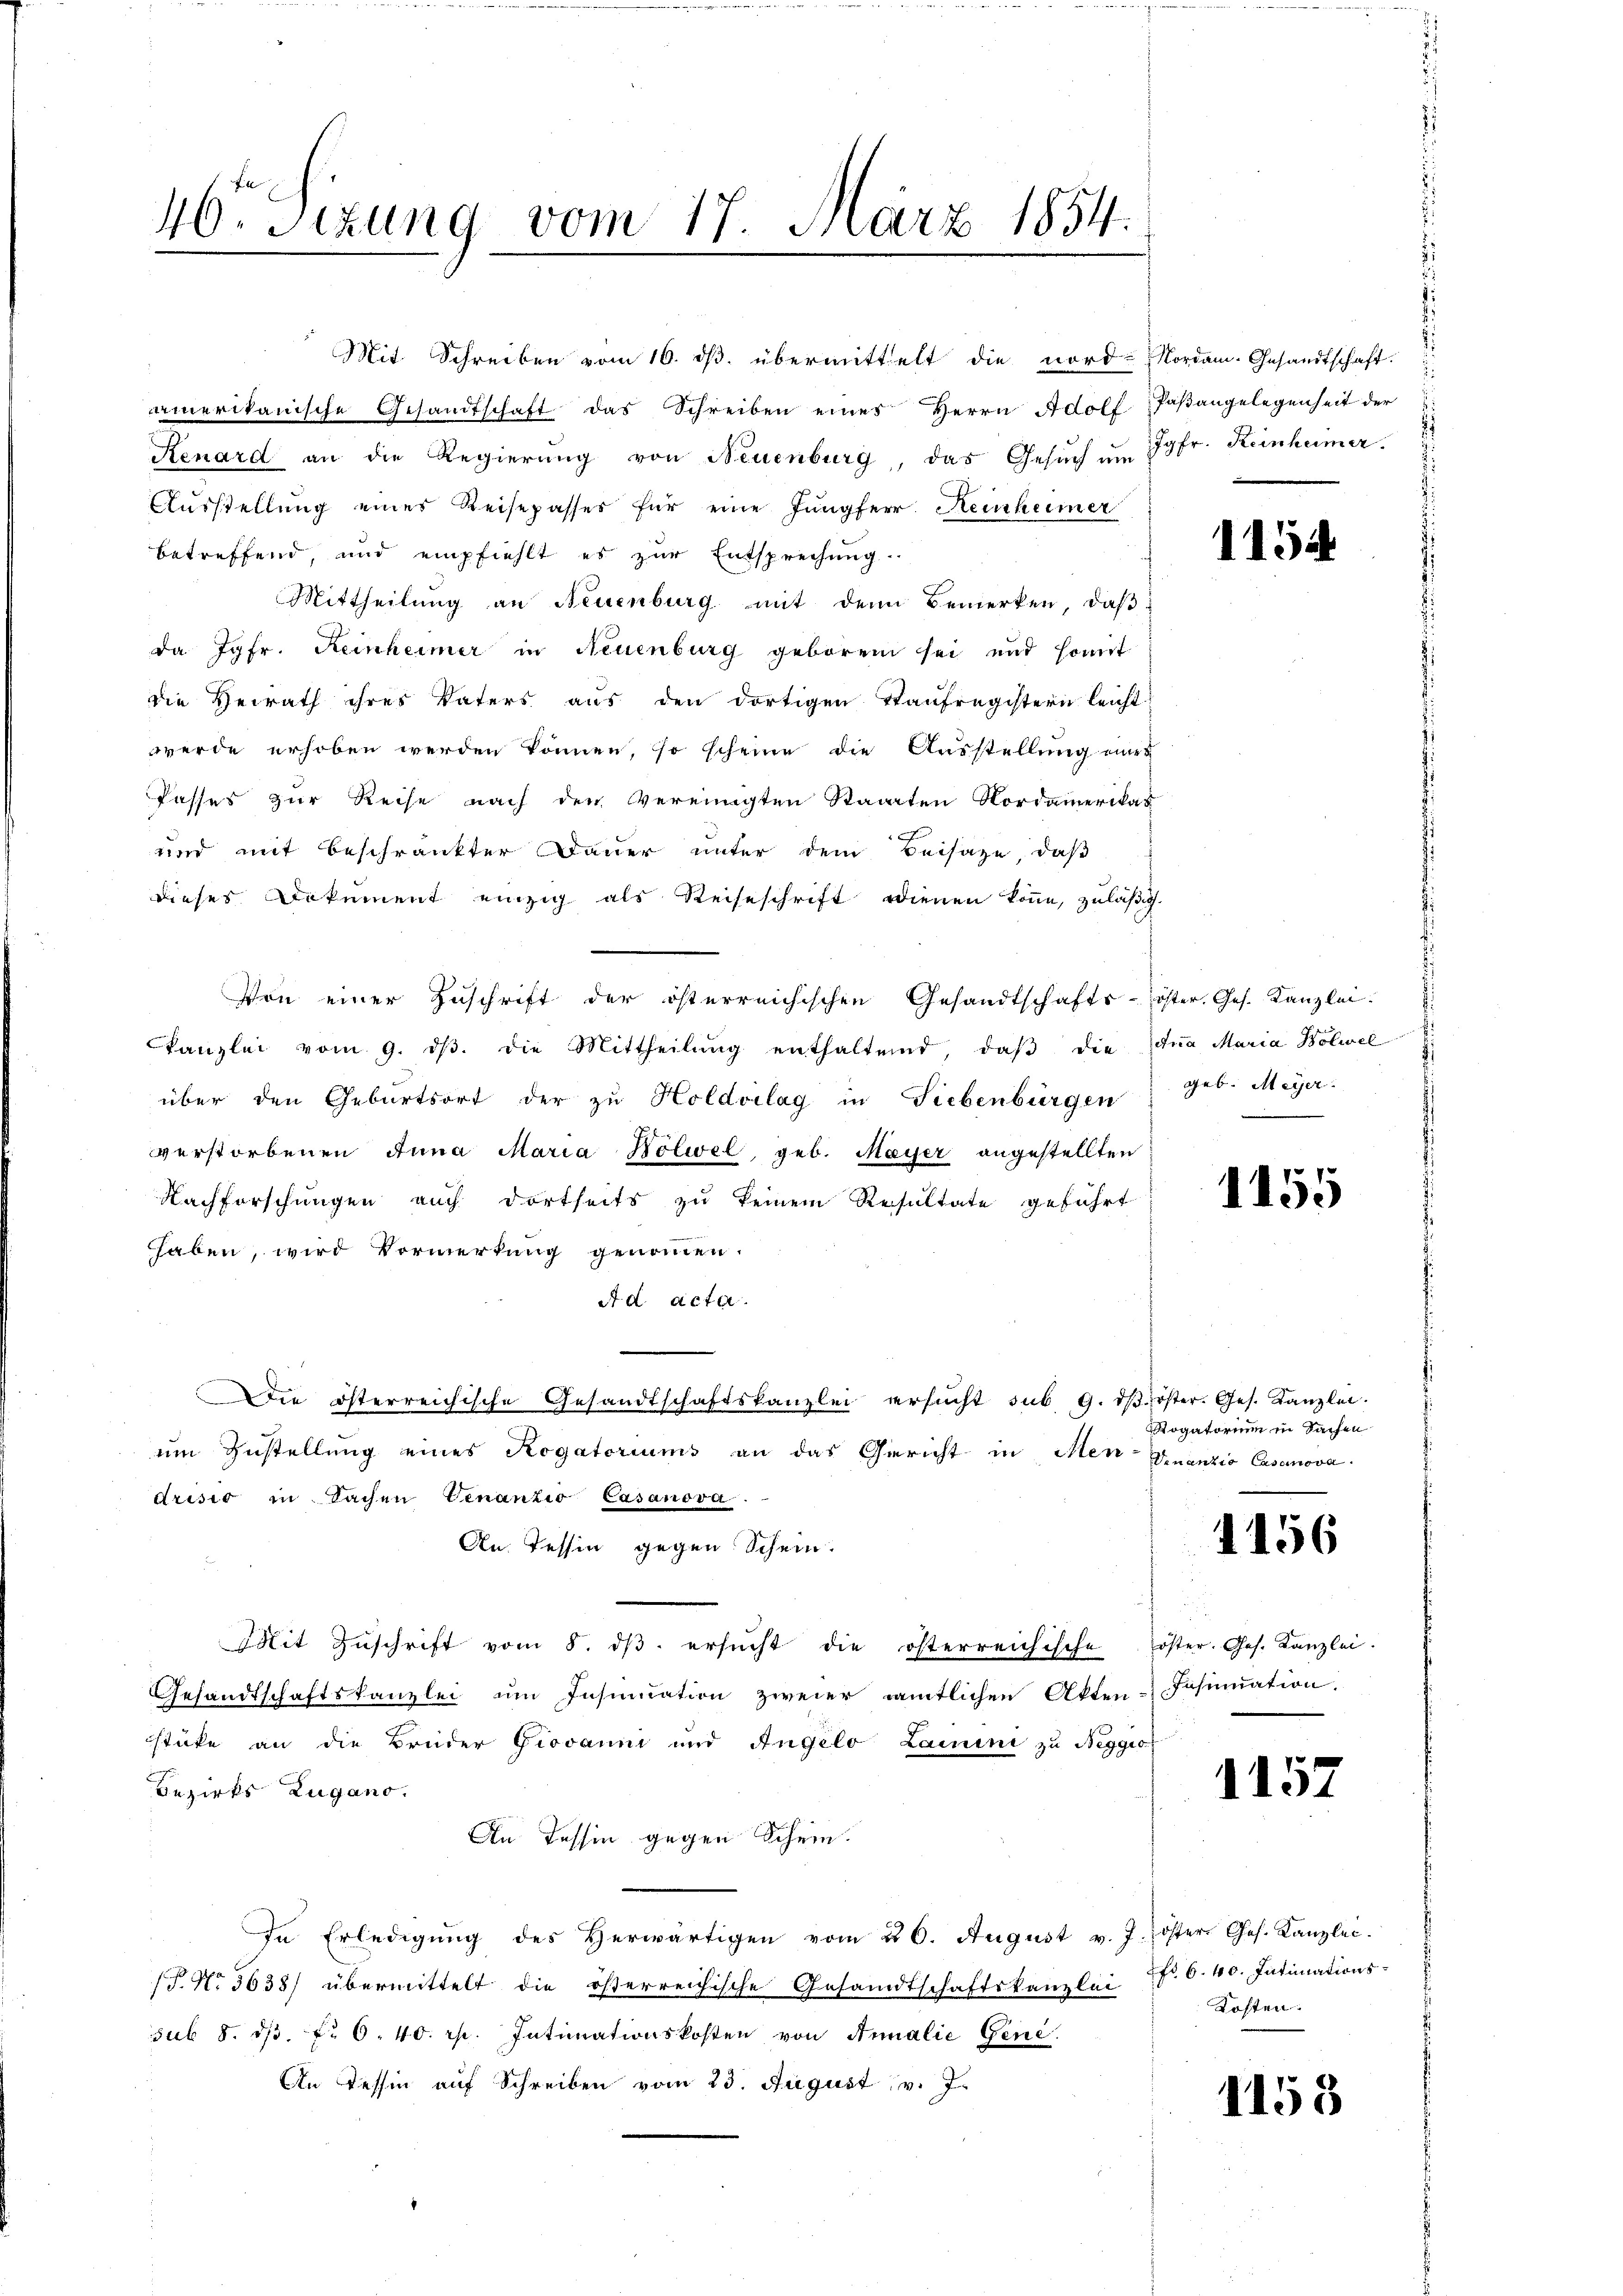
amerikanische Gesandtschaft das Schreiben eines Herrn Adolf Paβangelegenheit der
Renard an die Regierŭng von Neuenburg, das Gesŭch am Jgfr. Reinheimer.
Ausstellung einer Reisepasses für eine Jungferr. Reinheimer
betreffend, und empfiehlt es zur Entsprechung
Mittheilung an Neuenburg mit dem Bemerken, daβ
da Jgfr. Reinheimer in Neuenburg geboren sei und somit
die Heirath ihres Vaters aus den dortigen Taufregistern leicht
werde erhoben werden können, so scheine die Ausstellung einer
Kasses zur Reise nach den Vereinigten Staaten Nordamerikas
und mit Beschränkter Dauer unter dem Beisaze, daß
dieses Dokument einzig als Reiseschrift dienen könne, zuläßig.
Von einer Zuschrift der österreichischen Gesandtschafts-Koster. Ges. Kanzlei.
kanzlei vom 9. dβ. die Mittheilŭng enthaltend, daβ die Anna Maria Bolwel
über den Geburtsort der zŭ Holdorlag in Liebenbürgen
verstorbenen Anna Maria Nölwel, geb. Mayer angestellten
Nachforschungen auch dortseits zu keinem Resultate geführt
haben, wird Vormerkung genommen.
A d acta.
Die österreichische Gesandtschaftskanzlei ersŭcht sub. 9. dβ öster. Ges. Kanzlei.
um Zustellung eines Rogatoriums an das Gericht in Men Quantio Casanova
drisis in Sachen Venantio Casanova
An. Tessin gegen Schein.
Mit Zŭschrift vom 8. dβ. ersŭcht die österreichische öster. Ges. Kanzlei.
Gesandtschaftskanzlei im Insinuation zweier amtlichen Akten-Fasiation.
stüke an die Brüder Giovanni und Angelo Lamini zu Reggio
Bezirks Zugano.
An Tessin gegen Schein.
In Erledigŭng des Herwärtigen vom 26. August v. J. öster Ges. Kanzlei.
P No 5638) übermittelt die österreichische Gesandtschaftskanzlei
sub 8. dβ. f. 6. 40 rp. Intimationskosten von Annalie Gene
An Tessin auf Schreiben vom 23. August v. J.

46. Sitzung vom 17. März 1854.

Mit Schreiben vom 16. ds. übermittelt die nord- Nordam. Gesandtschaft.

1154

geb. Meier.

1155

Rogatorium in Sachen

1156

1157

Fr. 6. 40. Intimations¬
Kosten.

1158